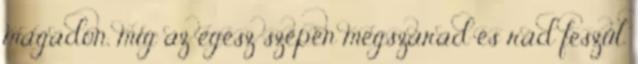
magadon, míg az egész szépen megszárad és rád feszül.